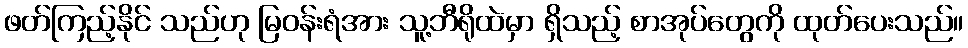
ဖတ်ကြည့်နိုင် သည်ဟု မြဝန်းရံအား သူ့ဘီရိုထဲမှာ ရှိသည့် စာအုပ်တွေကို ထုတ်ပေးသည်။